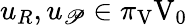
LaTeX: u_{R},u_{\mathscr{P}}\in\pi_{\mathrm{{V}}}\mathrm{{V}}_{0}